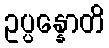
ဥပ္ပန္နောတိ